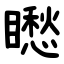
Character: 矁